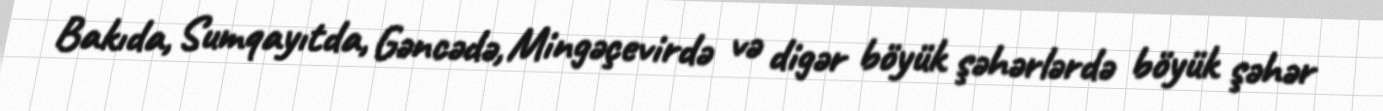
Bakıda, Sumqayıtda, Gəncədə, Mingəçevirdə və digər böyük şəhərlərdə böyük şəhər